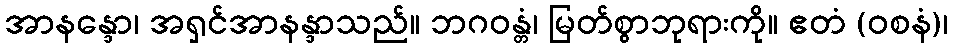
အာနန္ဒော၊ အရှင်အာနန္ဒာသည်။ ဘဂဝန္တံ၊ မြတ်စွာဘုရားကို။ ဧတံ (ဝစနံ)၊